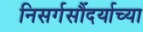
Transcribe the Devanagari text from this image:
निसर्गसौंदर्याच्या